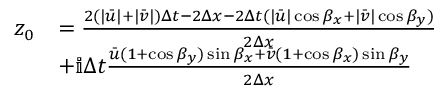
\begin{array} { r l } { z _ { 0 } } & { = \frac { 2 ( | \bar { u } | + | \bar { v } | ) \Delta t - 2 \Delta x - 2 \Delta t ( | \bar { u } | \cos \beta _ { x } + | \bar { v } | \cos \beta _ { y } ) } { 2 \Delta x } } \\ & { + \mathbb { i } \Delta t \frac { \bar { u } ( 1 + \cos \beta _ { y } ) \sin \beta _ { x } + \bar { v } ( 1 + \cos \beta _ { x } ) \sin \beta _ { y } } { 2 \Delta x } } \end{array}